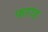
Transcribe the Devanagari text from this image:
फराड